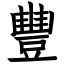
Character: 豐